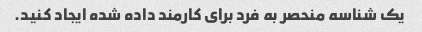
یک شناسه منحصر به فرد برای کارمند داده شده ایجاد کنید.